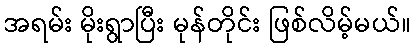
အရမ်း မိုးရွာပြီး မုန်တိုင်း ဖြစ်လိမ့်မယ်။